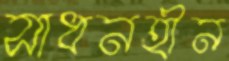
সাধনহীন